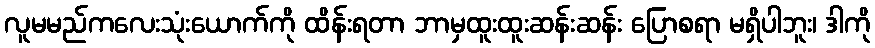
လူမမည်ကလေးသုံးယောက်ကို ထိန်းရတာ ဘာမှထူးထူးဆန်းဆန်း ပြောစရာ မရှိပါဘူး၊ ဒါကို